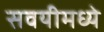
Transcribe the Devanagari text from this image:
सवयीमध्ये